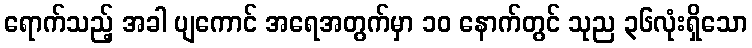
ရောက်သည့် အခါ ပျကောင် အရေအတွက်မှာ ၁၀ နောက်တွင် သုည ၃၆လုံးရှိသော